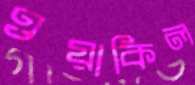
ওয়াকিল